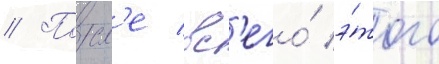
// Посл'е вс'его́ э́того